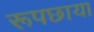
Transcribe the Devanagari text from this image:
रूपछाया